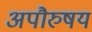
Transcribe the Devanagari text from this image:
अपौरुषय